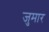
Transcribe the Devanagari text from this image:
जुमार